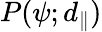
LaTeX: P(\psi;d_{\parallel})